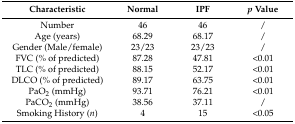
<table><thead><tr><td><b>Characteristic</b></td><td><b>Normal</b></td><td><b>IPF</b></td><td><b><i>p</i> Value</b></td></tr></thead><tbody><tr><td>Number</td><td>46</td><td>46</td><td>/</td></tr><tr><td>Age (years)</td><td>68.29</td><td>68.17</td><td>/</td></tr><tr><td>Gender (Male/female)</td><td>23/23</td><td>23/23</td><td>/</td></tr><tr><td>FVC (% of predicted)</td><td>87.28</td><td>47.81</td><td>&lt;0.01</td></tr><tr><td>TLC (% of predicted)</td><td>88.15</td><td>52.17</td><td>&lt;0.01</td></tr><tr><td>DLCO (% of predicted)</td><td>89.17</td><td>63.75</td><td>&lt;0.01</td></tr><tr><td>PaO<sub>2</sub> (mmHg)</td><td>93.71</td><td>76.21</td><td>&lt;0.01</td></tr><tr><td>PaCO<sub>2</sub> (mmHg)</td><td>38.56</td><td>37.11</td><td>/</td></tr><tr><td>Smoking History (<i>n</i>)</td><td>4</td><td>15</td><td>&lt;0.05</td></tr></tbody></table>